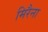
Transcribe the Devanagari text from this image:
मिरैना